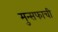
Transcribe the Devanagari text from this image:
मुन्सफाची